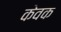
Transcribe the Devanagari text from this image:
केवक